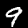
Digit: 9